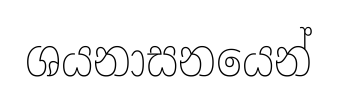
ශයනාසනයෙන්